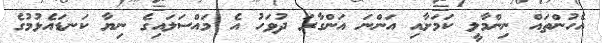
އެހުންތައް ނިންމާލީ ކަމަށާއި އަންނަ އަންގާރަ ދުވަހު އެ މައްސަލައިގެ ނިޔާ ކަނޑައެޅުމުގެ